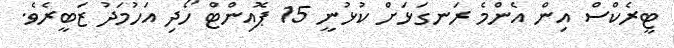
ޓީރެކްސް އިން އެންމެ ރަނގަޅަށް ކުޅުނީ 15 ޕޮއިންޓް ހޯދި އަހުމަދު ޒަބީރެވެ.